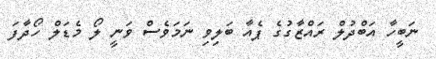
ނަބީހާ އަބްދުލް ރައްޒާގުގެ ޕެއާ ބަލިވި ނަމަވެސް ވަނީ ލޯ މެޑަލް ހޯދާފަ